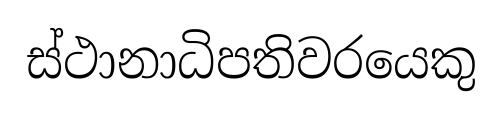
ස්ථානාධිපතිවරයෙකු